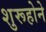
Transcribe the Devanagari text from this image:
शुरूहोने